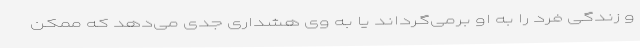
و زندگی فرد را به او برمی‌گرداند یا به وی هشداری جدی می‌دهد که ممکن